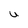
Character: U